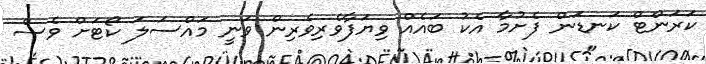
ކަރަންޓް ކަނޑަން ފެށުމާ އެކު ބައެއް ވިޔަފާވެރިވެރިން ވަނީ މައްސަލަ ކޯޓަށް ވެސް